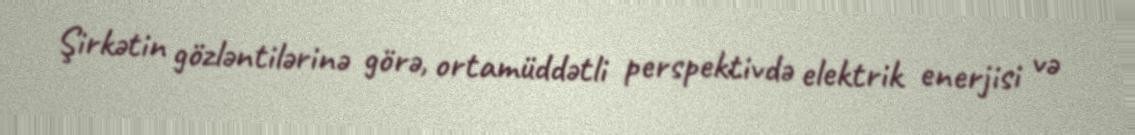
Şirkətin gözləntilərinə görə, ortamüddətli perspektivdə elektrik enerjisi və